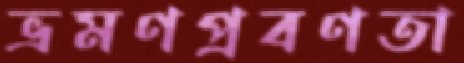
ভ্রমণপ্রবণতা